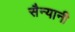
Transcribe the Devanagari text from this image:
सैन्यानी